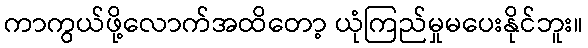
ကာကွယ်ဖို့လောက်အထိတော့ ယုံကြည်မှုမပေးနိုင်ဘူး။